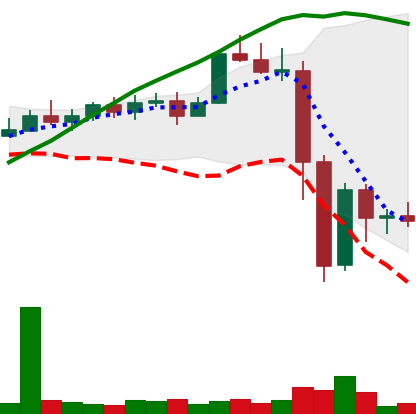
Ticker: XMR-USD
Chart end date: 2022-11-13
Forward return: 4.571%
Label: up_3_5